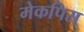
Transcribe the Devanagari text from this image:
मेकपिस